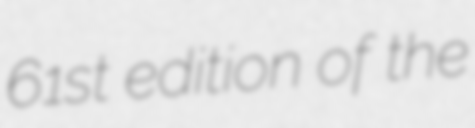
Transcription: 61st edition of the